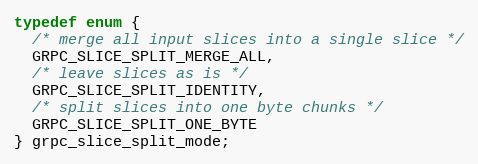
Language: C
typedef enum {
  /* merge all input slices into a single slice */
  GRPC_SLICE_SPLIT_MERGE_ALL,
  /* leave slices as is */
  GRPC_SLICE_SPLIT_IDENTITY,
  /* split slices into one byte chunks */
  GRPC_SLICE_SPLIT_ONE_BYTE
} grpc_slice_split_mode;